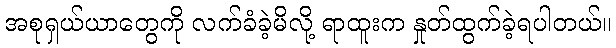
အစုရှယ်ယာတွေကို လက်ခံခဲ့မိလို့ ရာထူးက နှုတ်ထွက်ခဲ့ရပါတယ်။